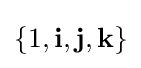
\left\{1,\mathbf {i} ,\mathbf {j} ,\mathbf {k} \right\}